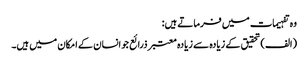
وہ تفہیمات میں فرماتے ہیں:
(الف) تحقیق کے زیادہ سے زیادہ معتبر ذرائع جو انسان کے امکان میں ہیں۔